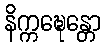
နိက္ကဍ္ဎေန္တော